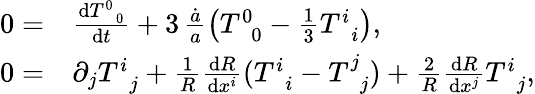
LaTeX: \begin{array}{rl}{0=}&{\frac{\mathrm{d}T_{\, \, \, 0}^{0}}{\mathrm{d}t}+3\, \frac{\dot{a}}{a}\left(T_{\, \, \, 0}^{0}-\frac{1}{3}T_{\, \, \, i}^{i}\right),}\\ {0=}&{\partial_{j}T_{\, \, \, j}^{i}+\frac{1}{R}\frac{\mathrm{d}R}{\mathrm{d}x^{i}}(T_{\, \, \, i}^{i}-T_{\, \, \, j}^{j})+\frac{2}{R}\frac{\mathrm{d}R}{\mathrm{d}x^{j}}T_{\, \, \, j}^{i},}\end{array}